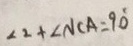
\angle 2 + \angle N C A = 9 0 ^ { \circ }